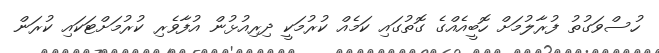
ހުސްވަގުތު ފުރާލުމަށް ހޮބީއެއްގެ ގޮތުގައި ކަމެއް ކުރުމަކީ ދިރިއުޅުން އުފާވެރި ކުރުމަށްޓަކައި ކުރަން